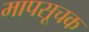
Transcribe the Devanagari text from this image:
मापसूचक